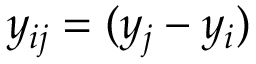
y _ { i j } = ( y _ { j } - y _ { i } )